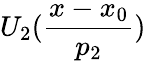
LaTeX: U_{2}(\frac{x-x_{0}}{p_{2}})